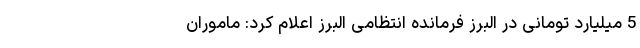
5 میلیارد تومانی در البرز فرمانده انتظامی البرز اعلام کرد: ماموران